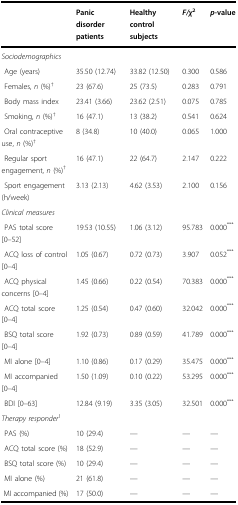
|  | Panic disorder patients | Healthy control subjects | F/χ2 | p-value |
 | --- | --- | --- | --- | --- |
 | <COLSPAN=5> Sociodemographics |
 | Age (years) | 35.50 (12.74) | 33.82 (12.50) | 0.300 | 0.586 |
 | Females, n (%)† | 23 (67.6) | 25 (73.5) | 0.283 | 0.791 |
 | Body mass index | 23.41 (3.66) | 23.62 (2.51) | 0.075 | 0.785 |
 | Smoking, n (%)† | 16 (47.1) | 13 (38.2) | 0.541 | 0.624 |
 | Oral contraceptive use, n (%)† | 8 (34.8) | 10 (40.0) | 0.065 | 1.000 |
 | Regular sport engagement, n (%)† | 16 (47.1) | 22 (64.7) | 2.147 | 0.222 |
 | Sport engagement (h/week) | 3.13 (2.13) | 4.62 (3.53) | 2.100 | 0.156 |
 | <COLSPAN=5> Clinical measures |
 | PAS total score [0–52] | 19.53 (10.55) | 1.06 (3.12) | 95.783 | 0.000*** |
 | ACQ loss of control [0–4] | 1.05 (0.67) | 0.72 (0.73) | 3.907 | 0.052*** |
 | ACQ physical concerns [0–4] | 1.45 (0.66) | 0.22 (0.54) | 70.383 | 0.000*** |
 | ACQ total score [0–4] | 1.25 (0.54) | 0.47 (0.60) | 32.042 | 0.000*** |
 | BSQ total score [0–4] | 1.92 (0.73) | 0.89 (0.59) | 41.789 | 0.000*** |
 | MI alone [0–4] | 1.10 (0.86) | 0.17 (0.29) | 35.475 | 0.000*** |
 | MI accompanied [0–4] | 1.50 (1.09) | 0.10 (0.22) | 53.295 | 0.000*** |
 | BDI [0–63] | 12.84 (9.19) | 3.35 (3.05) | 32.501 | 0.000*** |
 | <COLSPAN=5> Therapy responder1 |
 | PAS (%) | 10 (29.4) | — | — | — |
 | ACQ total score (%) | 18 (52.9) | — | — | — |
 | BSQ total score (%) | 10 (29.4) | — | — | — |
 | MI alone (%) | 21 (61.8) | — | — | — |
 | MI accompanied (%) | 17 (50.0) | — | — | — |